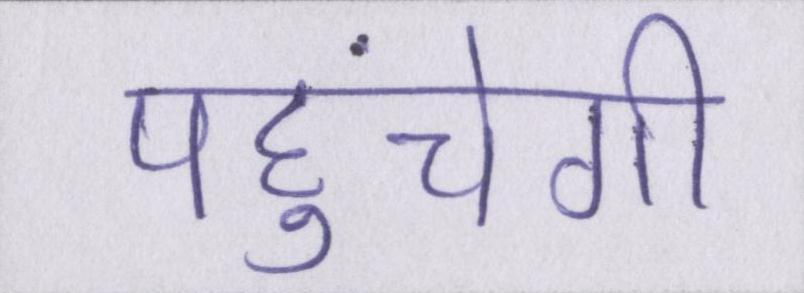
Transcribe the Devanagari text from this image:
पहुंचेगी